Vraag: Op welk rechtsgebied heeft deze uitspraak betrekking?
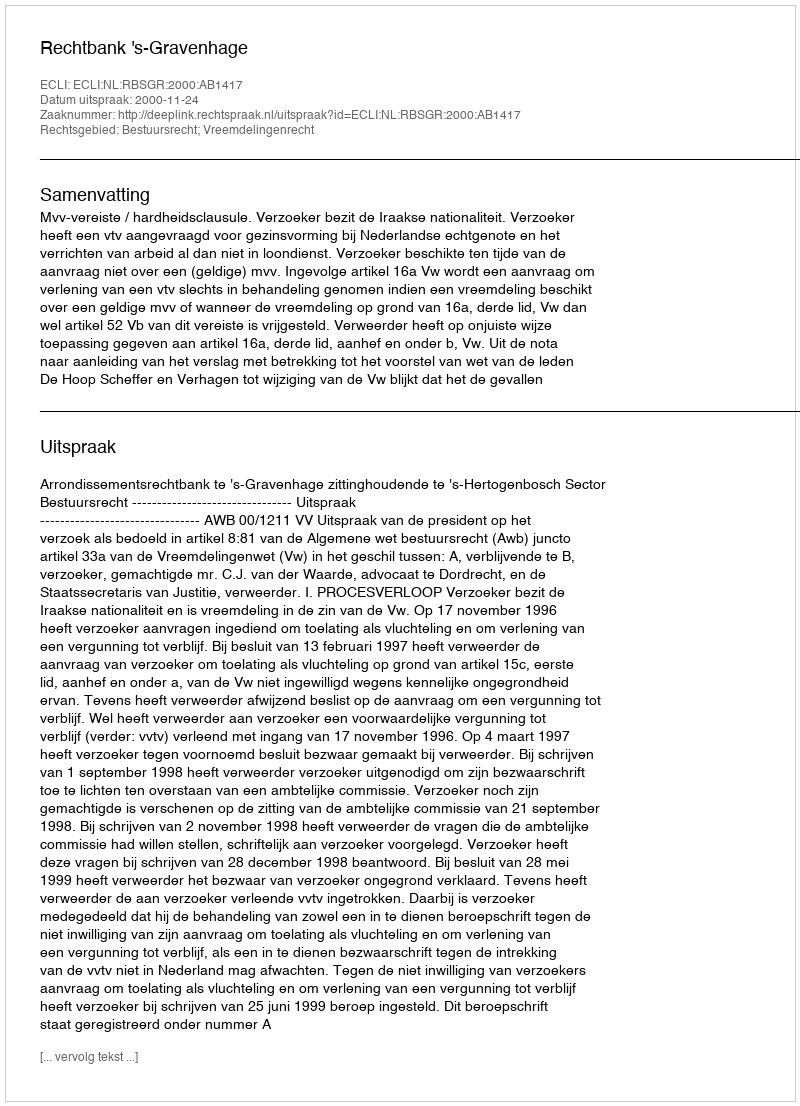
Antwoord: Bestuursrecht; Vreemdelingenrecht